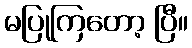
မပြုကြတော့ ပြီ။